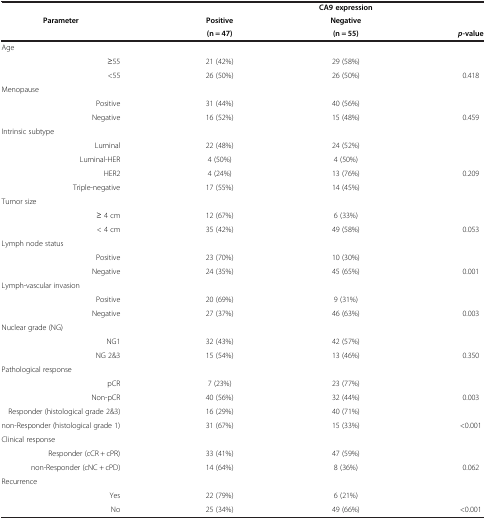
<table><thead><tr><td><b> </b></td><td><b> </b></td><td><b>CA9 expression</b></td><td><b> </b></td></tr><tr><td><b>Parameter</b></td><td><b>Positive</b></td><td><b>Negative</b></td><td><b> </b></td></tr><tr><td><b> </b></td><td><b>(n = 47)</b></td><td><b>(n = 55)</b></td><td><b><i>p</i>-value</b></td></tr></thead><tbody><tr><td>Age</td><td> </td><td> </td><td> </td></tr><tr><td>≥55</td><td>21 (42%)</td><td>29 (58%)</td><td> </td></tr><tr><td>&lt;55</td><td>26 (50%)</td><td>26 (50%)</td><td>0.418</td></tr><tr><td>Menopause</td><td> </td><td> </td><td> </td></tr><tr><td>Positive</td><td>31 (44%)</td><td>40 (56%)</td><td> </td></tr><tr><td>Negative</td><td>16 (52%)</td><td>15 (48%)</td><td>0.459</td></tr><tr><td>Intrinsic subtype</td><td> </td><td> </td><td> </td></tr><tr><td>Luminal</td><td>22 (48%)</td><td>24 (52%)</td><td> </td></tr><tr><td>Luminal-HER</td><td>4 (50%)</td><td>4 (50%)</td><td> </td></tr><tr><td>HER2</td><td>4 (24%)</td><td>13 (76%)</td><td>0.209</td></tr><tr><td>Triple-negative</td><td>17 (55%)</td><td>14 (45%)</td><td> </td></tr><tr><td>Tumor size</td><td> </td><td> </td><td> </td></tr><tr><td>≥ 4 cm</td><td>12 (67%)</td><td>6 (33%)</td><td> </td></tr><tr><td>&lt; 4 cm</td><td>35 (42%)</td><td>49 (58%)</td><td>0.053</td></tr><tr><td>Lymph node status</td><td> </td><td> </td><td> </td></tr><tr><td>Positive</td><td>23 (70%)</td><td>10 (30%)</td><td> </td></tr><tr><td>Negative</td><td>24 (35%)</td><td>45 (65%)</td><td>0.001</td></tr><tr><td>Lymph-vascular invasion</td><td> </td><td> </td><td> </td></tr><tr><td>Positive</td><td>20 (69%)</td><td>9 (31%)</td><td> </td></tr><tr><td>Negative</td><td>27 (37%)</td><td>46 (63%)</td><td>0.003</td></tr><tr><td>Nuclear grade (NG)</td><td> </td><td> </td><td> </td></tr><tr><td>NG1</td><td>32 (43%)</td><td>42 (57%)</td><td> </td></tr><tr><td>NG 2&amp;3</td><td>15 (54%)</td><td>13 (46%)</td><td>0.350</td></tr><tr><td>Pathological response</td><td> </td><td> </td><td> </td></tr><tr><td>pCR</td><td>7 (23%)</td><td>23 (77%)</td><td> </td></tr><tr><td>Non-pCR</td><td>40 (56%)</td><td>32 (44%)</td><td>0.003</td></tr><tr><td>Responder (histological grade 2&amp;3)</td><td>16 (29%)</td><td>40 (71%)</td><td> </td></tr><tr><td>non-Responder (histological grade 1)</td><td>31 (67%)</td><td>15 (33%)</td><td>&lt;0.001</td></tr><tr><td>Clinical response</td><td> </td><td> </td><td> </td></tr><tr><td>Responder (cCR + cPR)</td><td>33 (41%)</td><td>47 (59%)</td><td> </td></tr><tr><td>non-Responder (cNC + cPD)</td><td>14 (64%)</td><td>8 (36%)</td><td>0.062</td></tr><tr><td>Recurrence</td><td> </td><td> </td><td> </td></tr><tr><td>Yes</td><td>22 (79%)</td><td>6 (21%)</td><td> </td></tr><tr><td>No</td><td>25 (34%)</td><td>49 (66%)</td><td>&lt;0.001</td></tr></tbody></table>